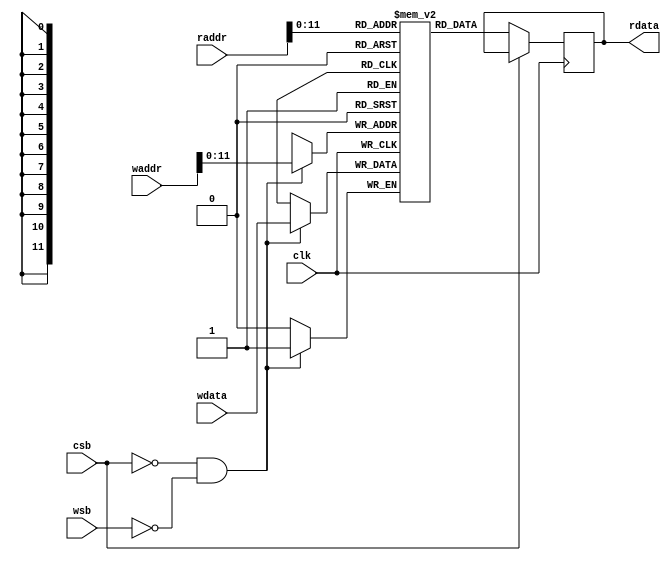
module sram_512x32b #(       //for activation a
    parameter WordNum  = 3500, // timestep * imag
    parameter BitWidth = 1 // spike = 1 bit
)(
    input                     clk,   //clock input
    input                     csb,   //chip enable (active low)
    input                     wsb,   //write enable (active low)    
    input      [20:0]          waddr, //write address
    input      [BitWidth-1:0] wdata, //write data
    input      [20:0]          raddr, //read address
    output reg [BitWidth-1:0] rdata  //read data
);

reg [BitWidth-1:0] mem [0:WordNum-1];

always @(posedge clk) begin
    if(~csb && ~wsb)
        mem[waddr] <= wdata;
end

always @(posedge clk) begin
    if(~csb)
        #(1) rdata <= mem[raddr];
end

task load_param(
    input integer        index,
    input [BitWidth-1:0] param_input
);
    mem[index] = param_input;
endtask

endmodule